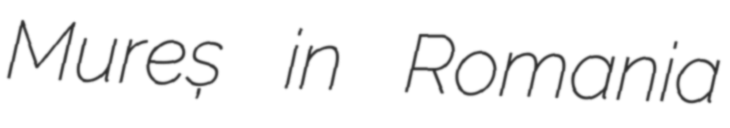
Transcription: Mureș in Romania